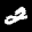
Label: 2